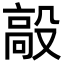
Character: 毃